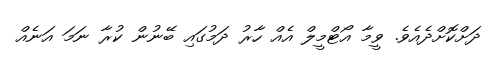
ދަށްކޮށްދެއެވެ. ވީމާ އޯޓްމީލް އެއް ހާރު ދަމުގައި ބޭނުން ކުރާ ނަމަ އަނެއް